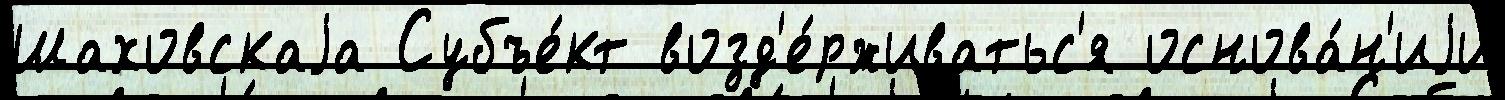
Шаховскаjа Субъе́кт возд'е́рживатьс'я основа́н'иjи